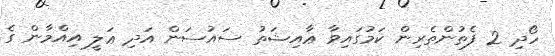
ހޯދި 2 ފެތުންތެރިން ކަމުގައިވާ ޢާއިޝަތު ސައުސަން އަދި ޢަލީ އިއްމާން ގެ